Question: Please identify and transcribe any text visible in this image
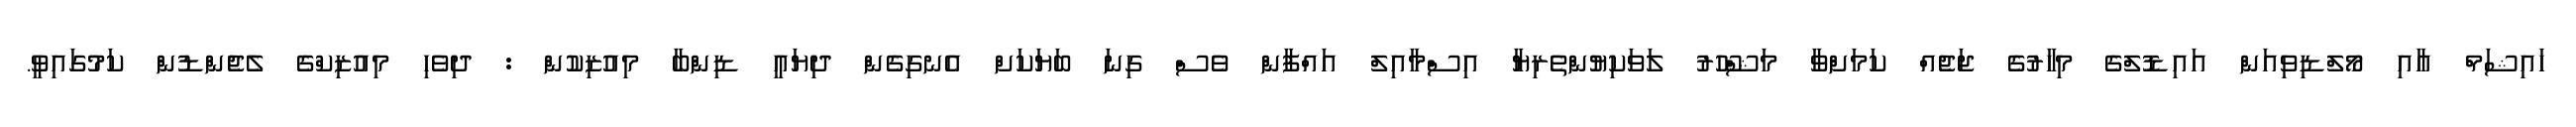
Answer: ހައިޝަމް އާއި މޯލްޑިވިއަން އައިޑޮލްގެ މިހާރުގެ ޖަޖެއް ކަމަށްވާ މަޝްހޫރު ލަވަކިޔުންތެރިޔާ އިސްމާއިލް އައްފާން ވެސް ގިނަ ބަޔަކަށް އެނގިގެން ދިޔައީ ޑިންބާ މިއުޒިކުން : ދިވެހި މިއުޒިކްގެ ލެޖެންޑުން ކަމުގައިވީ.